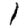
Digit: 1